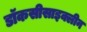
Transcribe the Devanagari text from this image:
डॉकसीसाइक्लीन